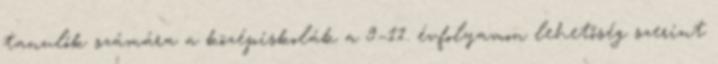
tanulók számára a középiskolák a 9–11. évfolyamon lehetőség szerint